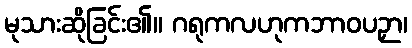
မုသားဆိုခြင်း၏။ ဂရုကလဟုကဘာဝပဉှာ၊